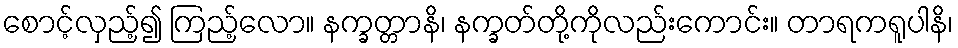
စောင့်လှည့်၍ ကြည့်လော။ နက္ခတ္တာနိ၊ နက္ခတ်တို့ကိုလည်းကောင်း။ တာရကရူပါနိ၊